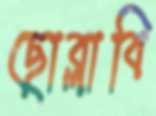
ছোব্‌লাবি